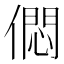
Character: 𠎒